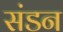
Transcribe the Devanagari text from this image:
संडन